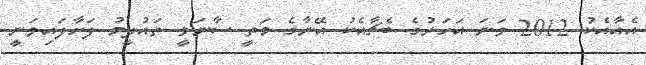
އެއާއެކު 2012 ވަނަ އަހަރުގެ ބެޗާއެކު އޭނާގެ މަތީ ސާނަވީ ތައުލީމު ފަށާފައިވަނީ